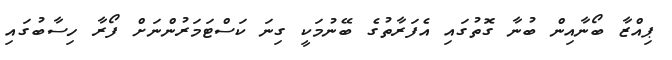
ޕިއްޒާ ބޯނާއިން ބުނާ ގޮތުގައި އެފަރާތުގެ ބޭނުމަކީ ގިނަ ކަސްޓަމަރުންނަށް ފޯރާ ހިސާބުގައި